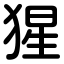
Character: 猩